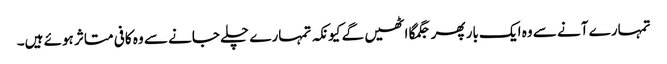
تمہارے آنے سے وہ ایک بار پھر جگمگا اٹھیں گے کیونکہ تمہارے چلے جانے سے وہ کافی متاثر ہوئے ہیں۔